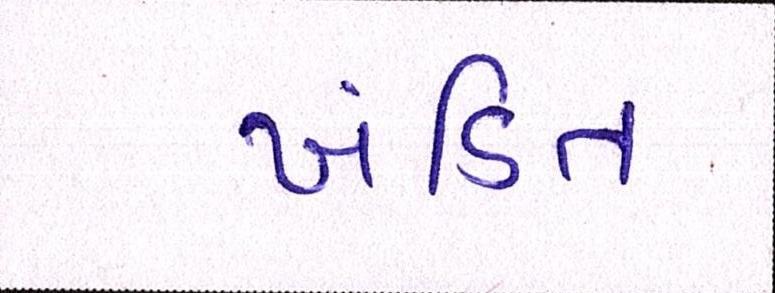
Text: ખંડિત